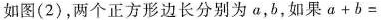
如图(2)，两个正方形边长分别为α，b，如果α+b=